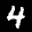
Label: 4